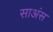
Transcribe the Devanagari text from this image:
साअंस